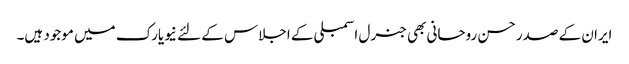
ایران کے صدر حسن روحانی بھی جنرل اسمبلی کے اجلاس کے لئے نیویارک میں موجود ہیں۔